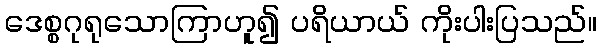
ဒေစ္စဂုရုသောကြာဟူ၍ ပရိယာယ် ကိုးပါးပြသည်။